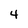
Character: 4